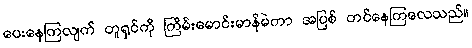
ပေးနေကြလျက် တူရှင်ကို ကြိမ်းမောင်းမာန်မဲကာ အပြစ် တင်နေကြလေသည်။